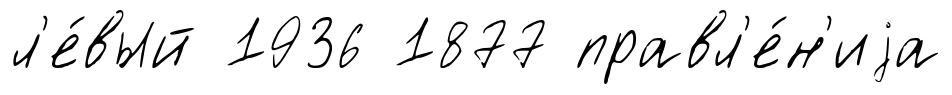
л'е́вый 1936 1877 правл'е́н'иjа